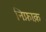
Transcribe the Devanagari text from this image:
निफ़ाक़